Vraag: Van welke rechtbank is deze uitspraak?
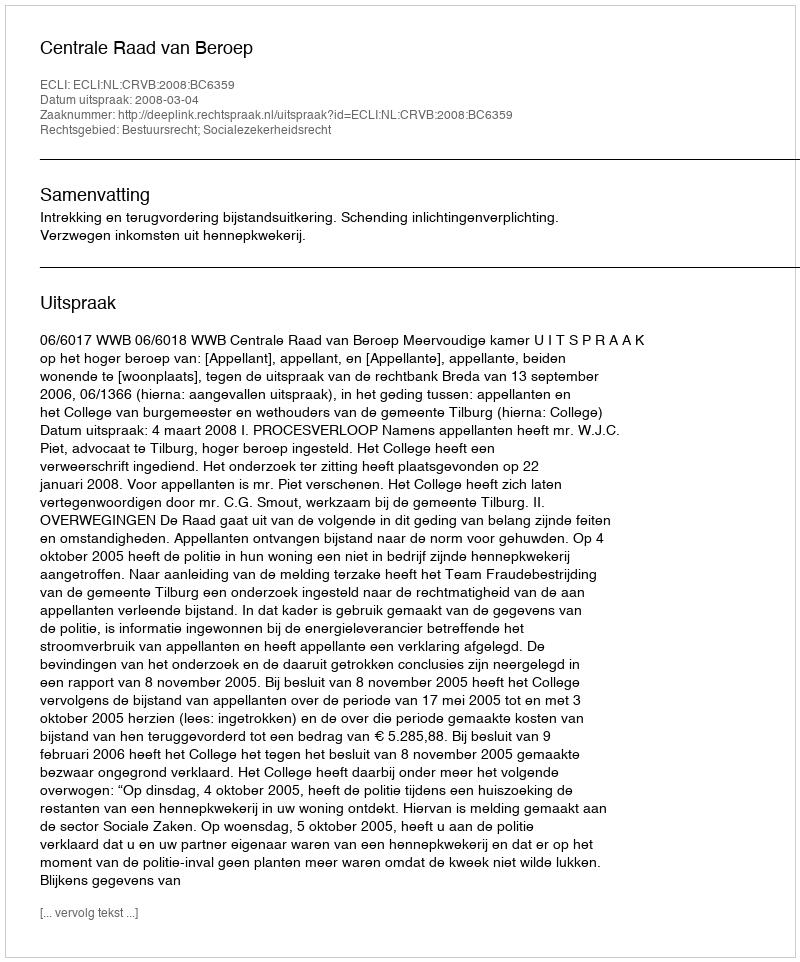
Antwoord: Centrale Raad van Beroep